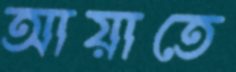
আয়াতে